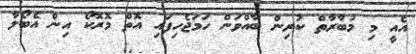
އެއީ މި މުބާރާތް ކުރިން ބާއްވަން ހަމަޖެހިފައި އޮތް މޮރޮކޯ އިން އެބޯލާ